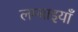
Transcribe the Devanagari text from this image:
लम्बाइयाँ